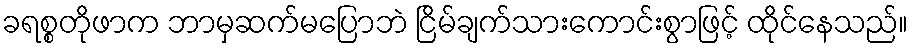
ခရစ္စတိုဖာက ဘာမှဆက်မပြောဘဲ ငြိမ်ချက်သားကောင်းစွာဖြင့် ထိုင်နေသည်။